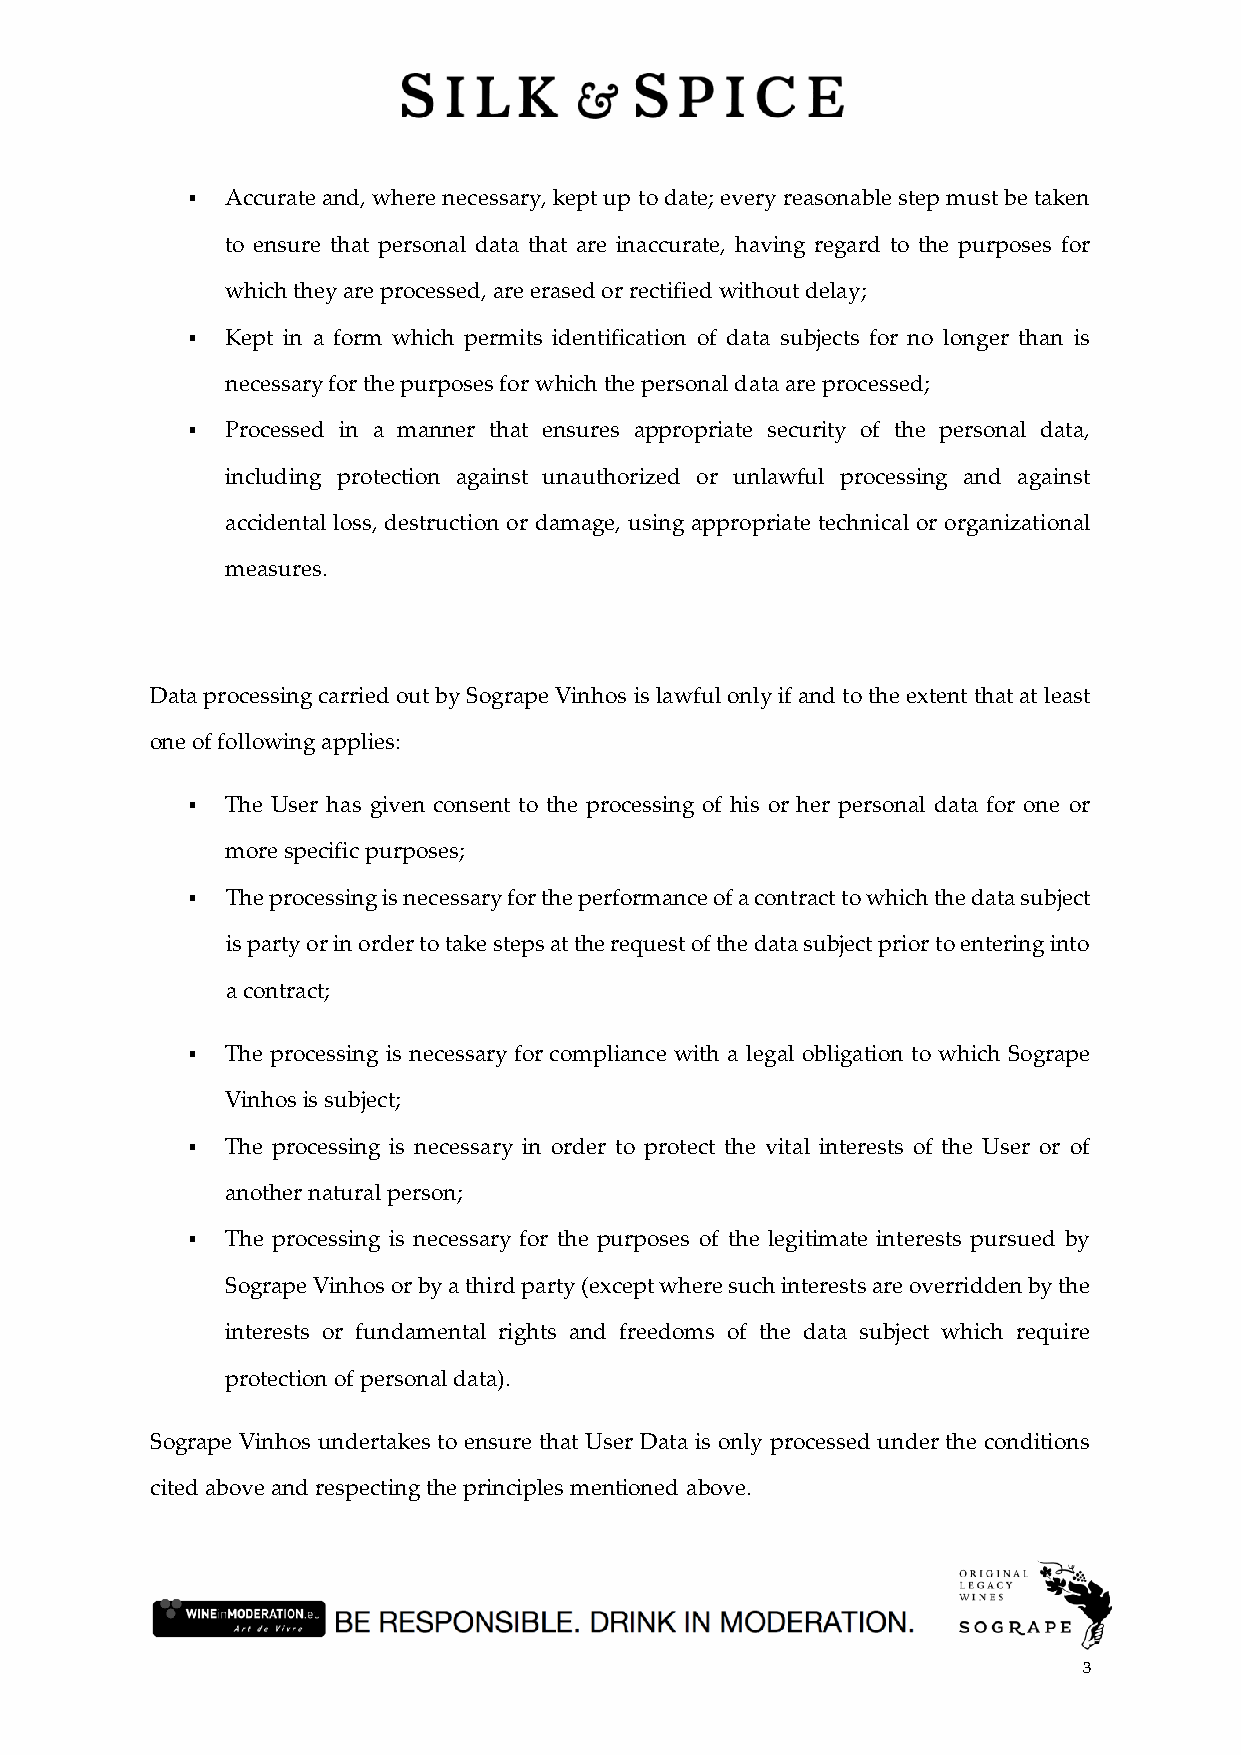
▪  Accurate and, where necessary, kept up to date; every reasonable step must be taken
 to ensure that personal data that are inaccurate, having regard to the purposes for
 which they are processed, are erased or rectified without delay;
 ▪  Kept in a form which permits identification of data subjects for no longer than is
 necessary for the purposes for which the personal data are processed;
 ▪  Processed in a manner that ensures appropriate security of the personal data,
 including protection against unauthorized or unlawful processing and against
 accidental loss, destruction or damage, using appropriate technical or organizational
 measures.
 Data processing carried out by Sogrape Vinhos is lawful only if and to the extent that at least
 one of following applies:
 ▪  The User has given consent to the processing of his or her personal data for one or
 more specific purposes;
 ▪▪ The processing is necessary for the performance of a contract to which the data subject
 is party or in order to take steps at the request of the data subject prior to entering into
 a contract;
 ▪  The processing is necessary for compliance with a legal obligation to which Sogrape
 Vinhos is subject;
 ▪  The processing is necessary in order to protect the vital interests of the User or of
 another natural person;
 ▪  The processing is necessary for the purposes of the legitimate interests pursued by
 Sogrape Vinhos or by a third party (except where such interests are overridden by the
 interests or fundamental rights and freedoms of the data subject which require
 protection of personal data).
 Sogrape Vinhos undertakes to ensure that User Data is only processed under the conditions
 cited above and respecting the principles mentioned above.
 3